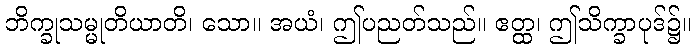
ဘိက္ခုသမ္မုတိယာတိ၊ သော။ အယံ၊ ဤပညတ်သည်။ ဧတ္ထ၊ ဤသိက္ခာပုဒ်၌။